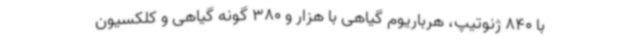
با 840 ژنوتیپ، هرباریوم گیاهی با هزار و 380 گونه گیاهی و کلکسیون